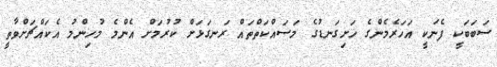
ސަބަބަކީ ފެނަކީ އަހަރެމެންގެ ހަށިގަނޑުގެ މަސައްކަތްތައް ރަނގަޅަށް ކުރުމަށް އެންމެ މުހިންމު އެކައްޗަށްވާތީ